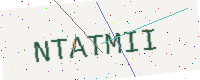
Text: NTATMII